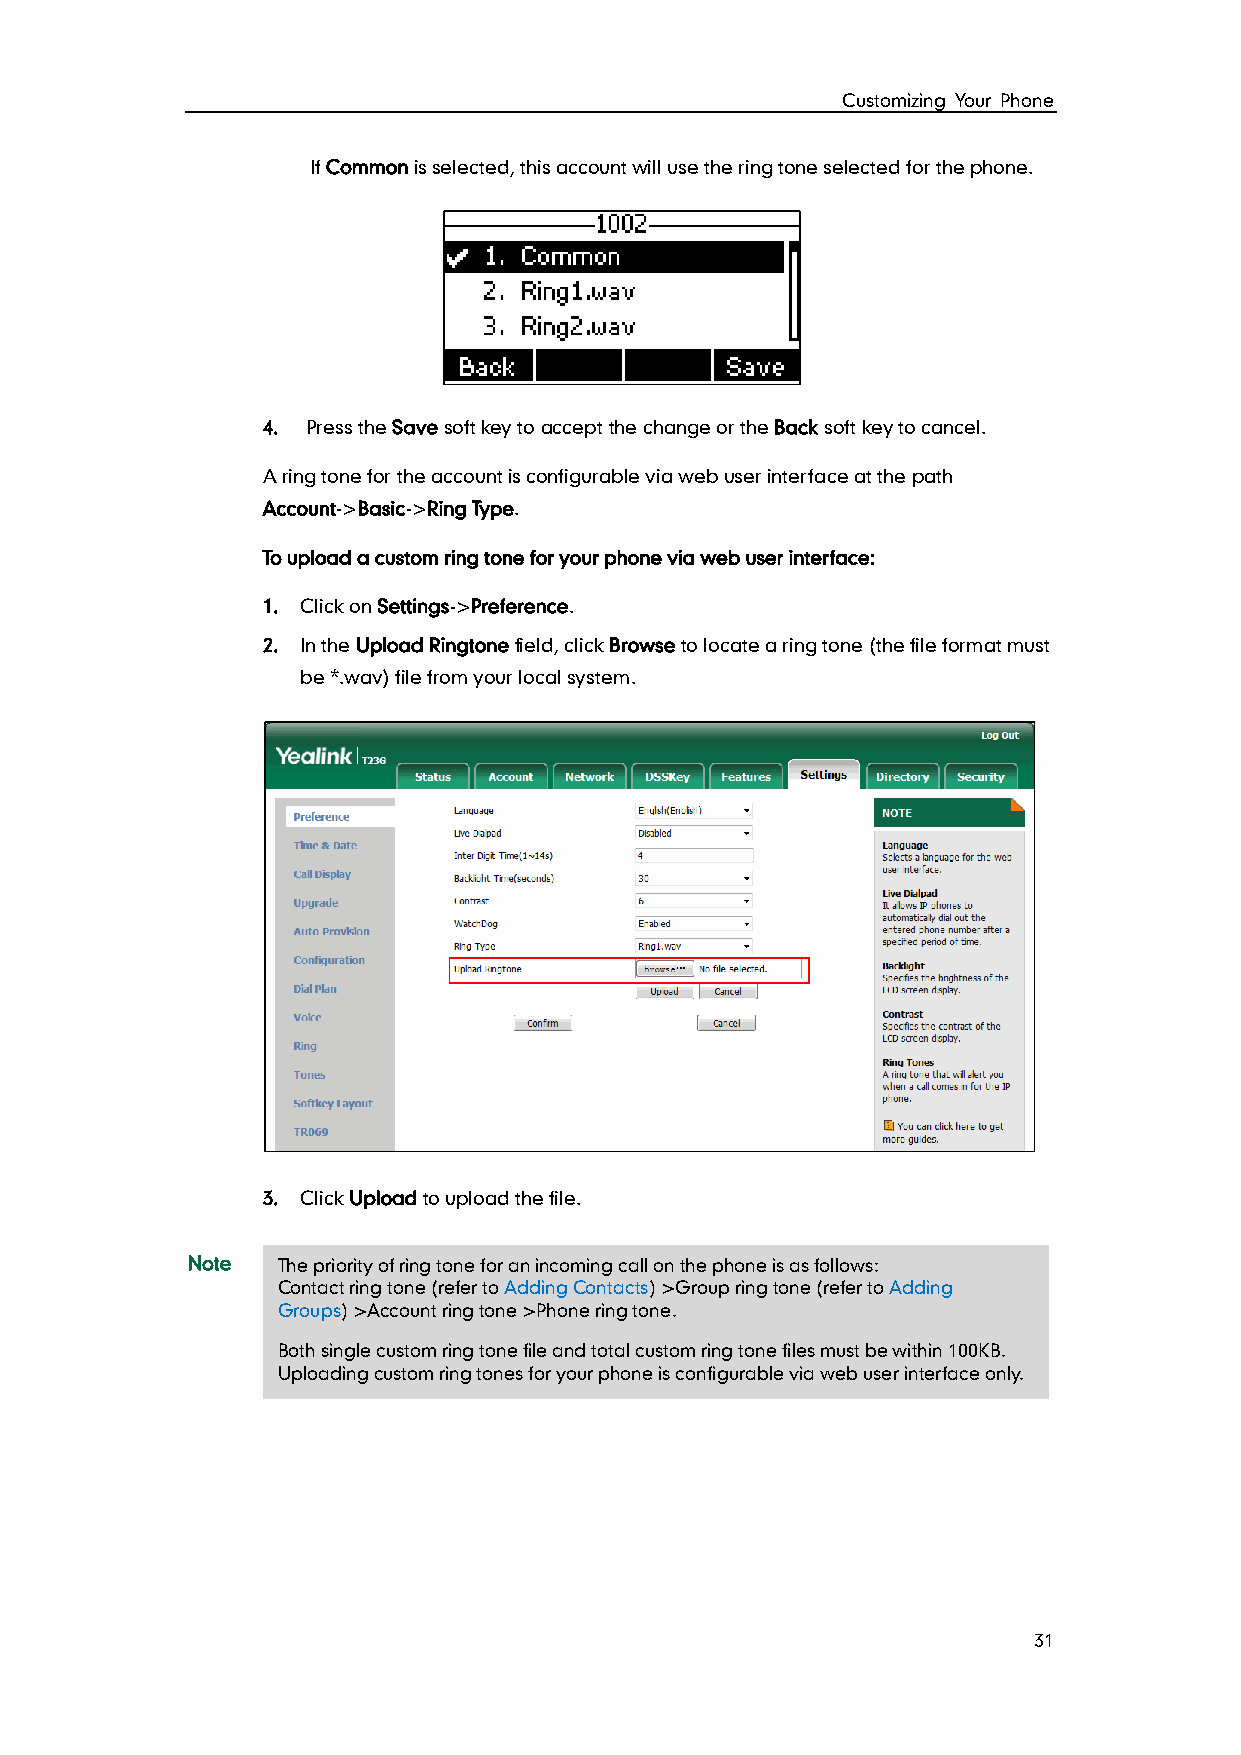
Customizing Your Phone
 If Common is selected, this account will use the ring tone selected for the phone.
 4. Press the Save soft key to accept the change or the Back soft key to cancel.
 A ring tone for the account is configurable via web user interface at the path
 Account->Basic->Ring Type.
 To upload a custom ring tone for your phone via web user interface:
 1. Click on Settings->Preference.
 2. In the Upload Ringtone field, click Browse to locate a ring tone (the file format must
 be *.wav) file from your local system.
 3. Click Upload to upload the file.
 Note  The priority of ring tone for an incoming call on the phone is as follows:
 Contact ring tone (refer to Adding Contacts) >Group ring tone (refer to Adding
 Groups) >Account ring tone >Phone ring tone.
 Both single custom ring tone file and total custom ring tone files must be within 100KB.
 Uploading custom ring tones for your phone is configurable via web user interface only.
 31